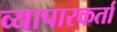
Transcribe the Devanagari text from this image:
व्यापारकर्ता